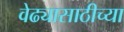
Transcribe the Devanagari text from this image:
वेढ्यासाठीच्या